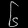
Digit: ၆